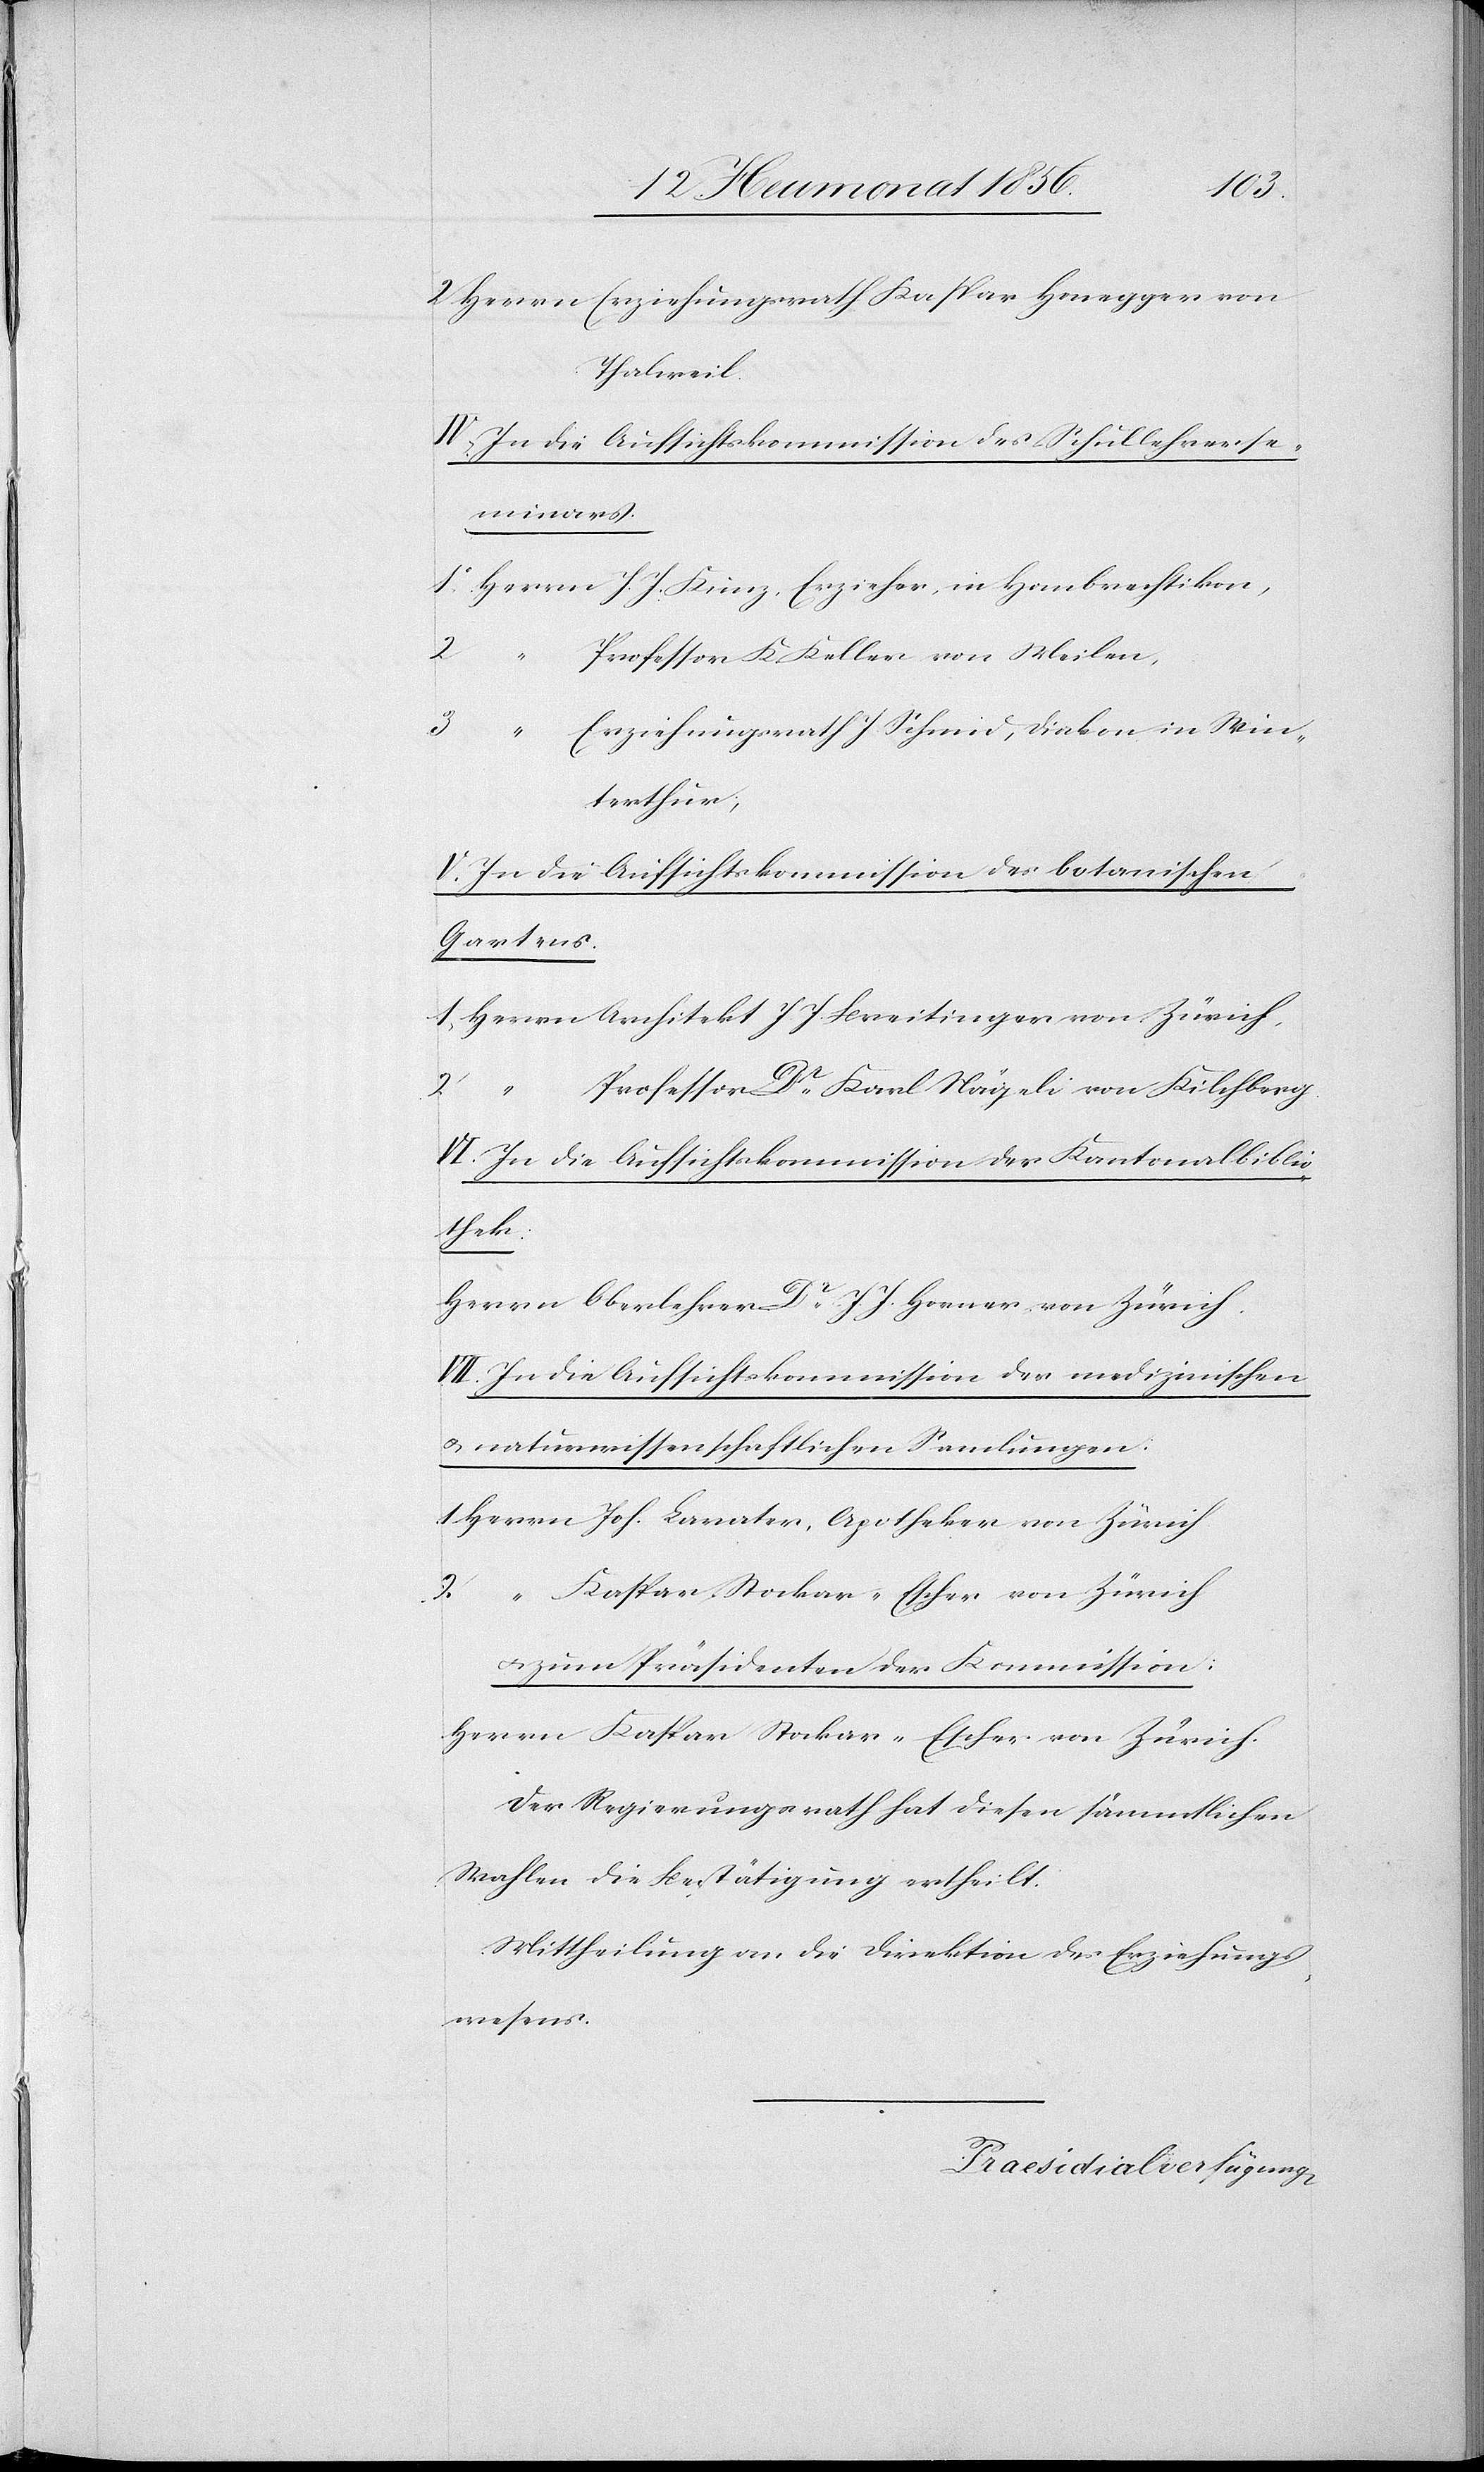
2. Herrn Erziehungsrath Kaspar Honegger von
Thalweil.
IV. In die Aufsichtskommission des Schullehrerse¬
minars.
1 Herrn J. J. Kunz, Erzieher, in Hombrechtikon,
2	“	P¬
rofessor K. Keller von Meilen,
rziehungsrath J. Schmid, Diakon in Win¬
3	“	E¬
terthur;
V. In die Aufsichtskommission des botanischen
Gartens.
1 Herrn Architekt J. J. Breitinger von Zürich,
2	“	P¬
rofessor Dr Karl Nägeli von Kilchberg.
VI. In die Aufsichtskommission der Kantonalbiblio¬
thek.
Herrn Oberlehrer Dr J. J. Horner von Zürich.
VII. In die Aufsichtskommission der medizinischen
& naturwissenschaftlichen Samlungen
1 Herrn Joh. Lavater, Apotheker von Zürich
2	“	Kaspar Stockar-Escher von Zürich
u. zum Präsidenten der Kommission:
Herrn Kaspar Stockar-Escher von Zürich.
Der Regierungsrath hat diesen sämmtlichen
Wahlen die Bestätigung ertheilt.
Mittheilung an die Direktion des Erziehungs¬
wesens.